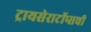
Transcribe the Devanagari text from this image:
ट्रायसेराटॉप्सची